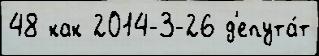
48 как 2014-3-26 д'епута́т